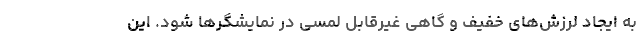
به ایجاد لرزش‌های خفیف و گاهی غیرقابل لمسی در نمایشگرها شود. این